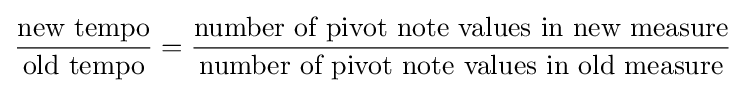
{\frac {\text{new tempo}}{\text{old tempo}}}={\frac {\text{number of pivot note values in new measure}}{\text{number of pivot note values in old measure}}}